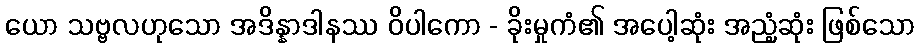
ယော သဗ္ဗလဟုသော အဒိန္နာဒါနဿ ဝိပါကော - ခိုးမှုကံ၏ အပေါ့ဆုံး အညံ့ဆုံး ဖြစ်သော